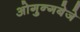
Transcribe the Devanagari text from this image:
ओगुन्गबेजे